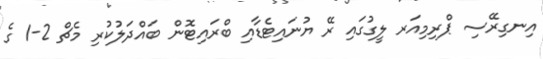
އިނގިރޭސި ޕްރިމިއަރ ލީގުގައި ރޭ ޔުނައިޓެޑާއި ބްރައިޓޮން ބައްދަލުކުރި މެޗް 2-1 ގެ